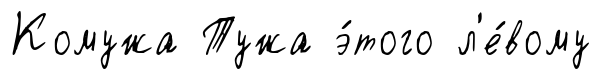
Комужа Тужа э́того л'е́вому